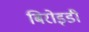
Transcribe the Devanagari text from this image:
बिरोइडी